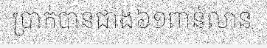
ប្រាក់បានជាង៦១ពាន់លាន